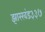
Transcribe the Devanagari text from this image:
झारखंड३३७